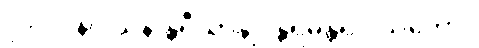
၂၉၂။ နိဝါသန န္တရီယာနျ၊ န္တရမန္တရဝါသကော။